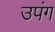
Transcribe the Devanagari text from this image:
उपंग